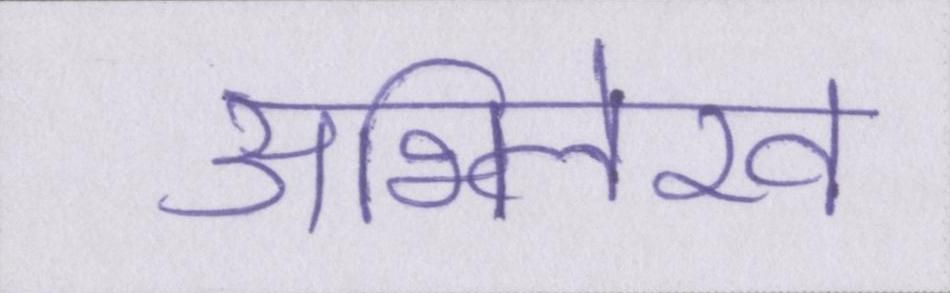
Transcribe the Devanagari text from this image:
अभिलेख